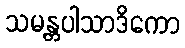
သမန္တပါသာဒိကော